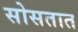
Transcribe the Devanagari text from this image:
सोसतात